Annual administration and progress report of the Indian Medical Department, Bombay
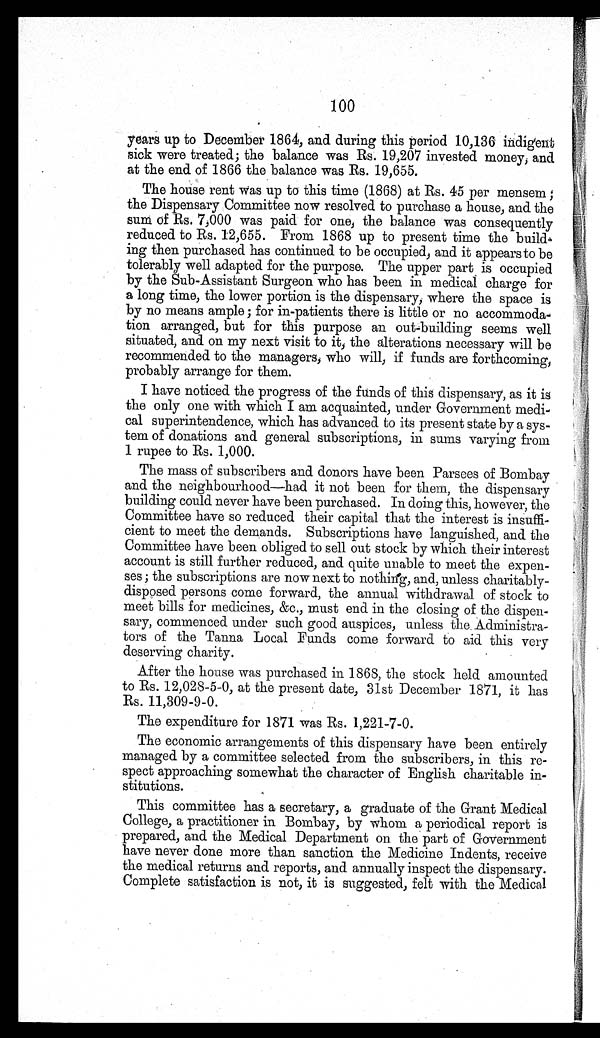
100
years up to December 1864, and during this period 10,136 indigent
sick were treated; the balance was Rs. 19,207 invested money, and
at the end of 1866 the balance was Rs. 19,655.
The house rent was up to this time (1868) at Rs. 45 per mensem ;
the Dispensary Committee now resolved to purchase a house, and the
sum of Rs. 7;000 was paid for one, the balance was consequently
reduced to Rs. 12,655. From 1868 up to present time the build
-ing then purchased has continued to be occupied, and it appears to be
tolerably well adapted for the purpose. The upper part is occupied
by the Sub-Assistant Surgeon who has been in medical charge for
a long time, the lower portion is the dispensary, where the space is
by no means ample ; for in-patients there is little or no accommoda
-tion arranged, but for this purpose an out-building seems well
situated, and on my next visit to it, the alterations necessary will be
recommended to the managers, who will, if funds are forthcoming,
probably arrange for them.
I have noticed the progress of the funds of this dispensary, as it is
the only one with which I am acquainted, under Government medi-
cal superintendence, which has advanced to its present state by a sys-
tem of donations and general subscriptions, in sums varying from
1 rupee to Rs. 1,000.
The mass of subscribers and donors have been Parsees of Bombay
and the neighbourhood—had it not been for them, the dispensary
building could never have been purchased. In doing this, however, the
Committee have so reduced their capital that the interest is insuffi-
cient to meet the demands. Subscriptions have languished, and the
Committee have been obliged to sell out stock by which their interest
account is still further reduced, and quite unable to meet the expen-
ses; the subscriptions are now next to nothing, and, unless charitably-
disposed persons come forward, the annual withdrawal of stock to
meet bills for medicines, &c., must end in the closing of the dispen-
sary, commenced under such good auspices, unless the Administra-
tors of the Tanna Local Funds come forward to aid this very
deserving charity.
After the house was purchased in 1868, the stock held amounted
to Rs. 12,028-5-0, at the present date, 31st December 1871, it has
Rs. 11,309-9-0.
The expenditure for 1871 was Rs. 1,221-7-0.
The economic arrangements of this dispensary have been entirely
managed by a committee selected from the subscribers, in this re-
spect approaching somewhat the character of English charitable in-
stitutions.
This committee has a secretary, a graduate of the Grant Medical
College, a practitioner in Bombay, by whom a periodical report is
prepared, and the Medical Department on the part of Government
have never done more than sanction the Medicine Indents, receive
the medical returns and reports, and annually inspect the dispensary.
Complete satisfaction is not, it is suggested, felt with the Medical